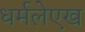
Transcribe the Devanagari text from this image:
धर्मलेएख